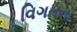
વિગતના